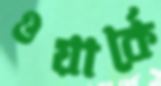
ওয়ার্কে